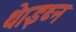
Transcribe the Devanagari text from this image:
थे।इब्न